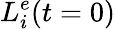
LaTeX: L_{i}^{e}(t=0)